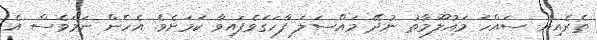
ތެރެއިން ސައްހަ މައުލޫމާތު ނުދޭ މައްސަލަ ފާހަގަވެފައިވާ ކަމަށެވެ. އެހެން ނަމަވެސް އެ